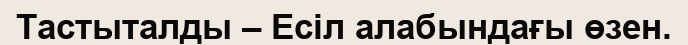
Тастыталды – Есіл алабындағы өзен.